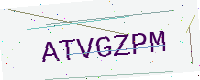
Text: ATVGZPM